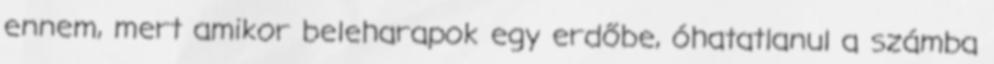
ennem, mert amikor beleharapok egy erdőbe, óhatatlanul a számba